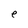
Character: e